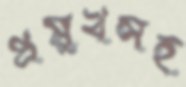
প্রমুখসহ